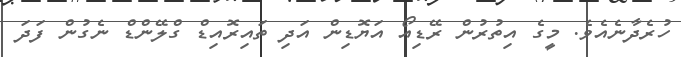
ހުރެދާނެއެވެ. މީގެ އިތުރުން ރޭޑިއޯ އަޔޮޑިން އަދި ތައިރޮއިޑް ގްލޭންޑް ނެގުން ފަދަ